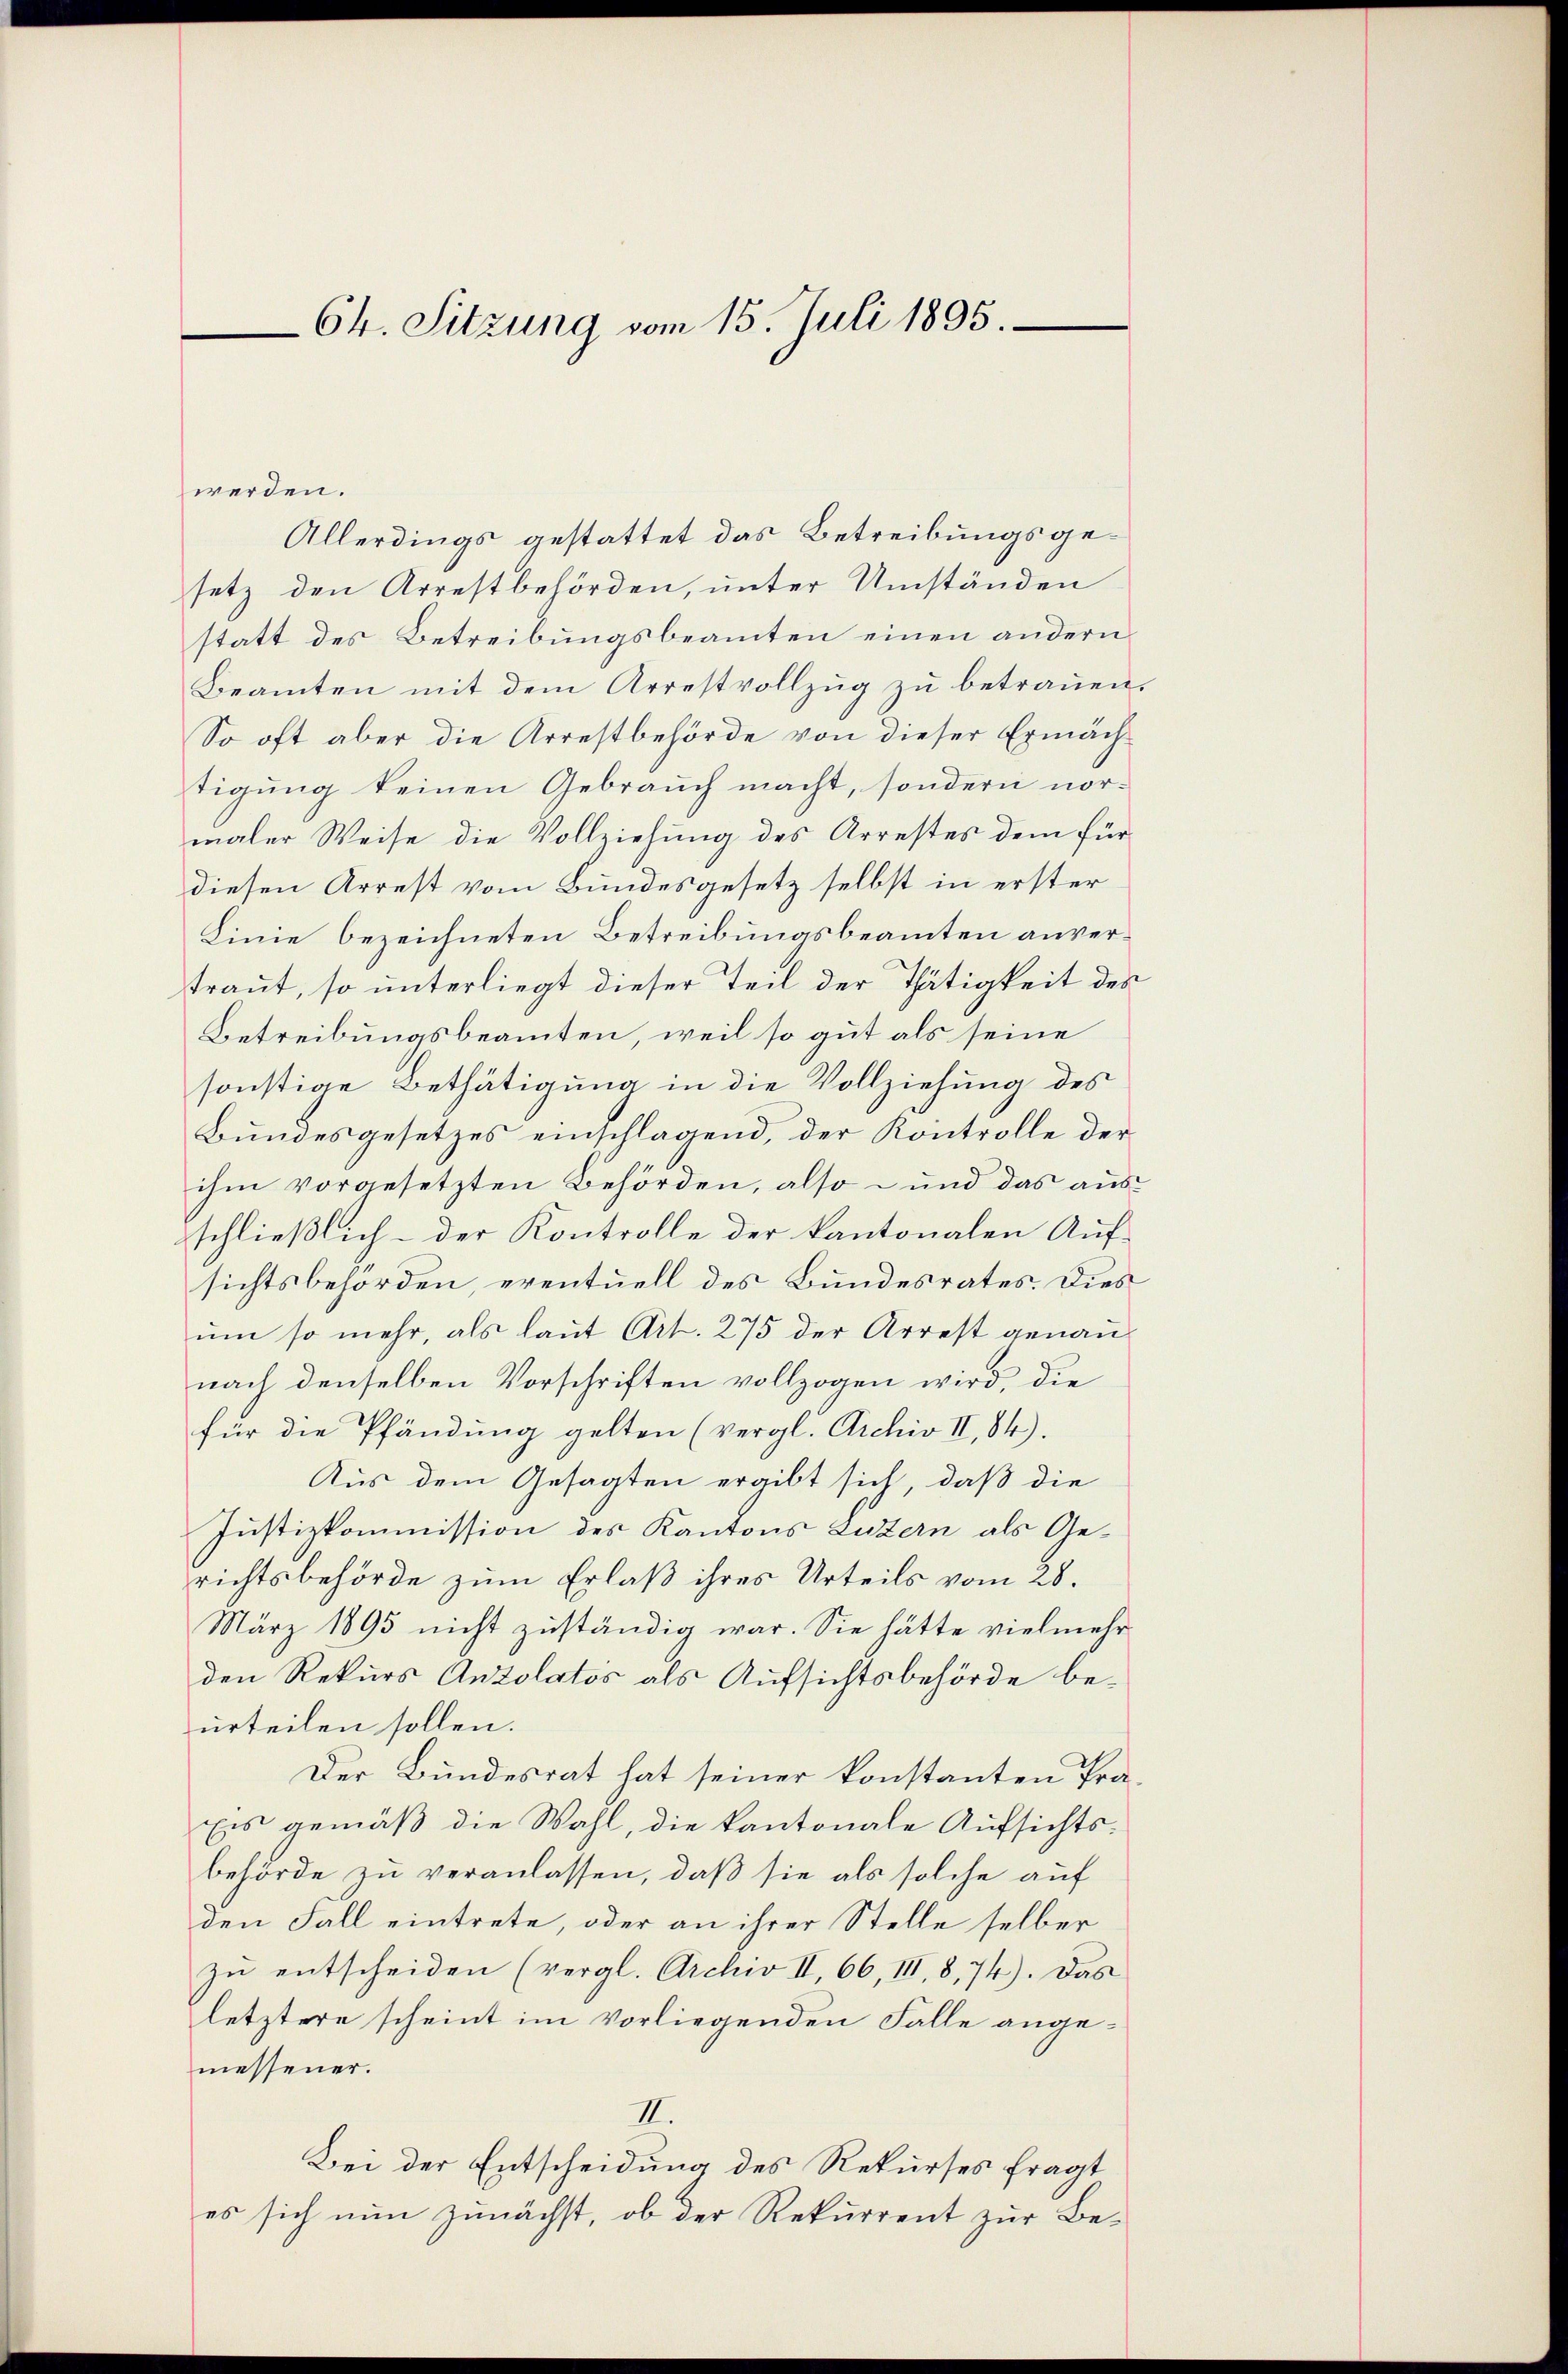
64. Sitzung vom 15. Juli 1895.

werden.
setz den Arrestbehörden, unter Umständen
statt des Betreibungsbeamten einen andern
Beamten mit dem Arrestvollzŭg zŭ betraŭen.
So oft aber die Arrestbehörde von dieser Ermächtigung keinen Gebrauch macht, sondern normaler Weise die Vollziehung des Arrestes dem für
diesen Arrest vom Bundesgesetz selbst in erster
Linie bezeichneten Betreibungsbeamten anvertraut, so unterliegt dieser Teil der Thätigkeit des
Betreibungsbeamten, weil so gut als seine
sonstige Bethätigung in die Vollziehung des
Bundesgesetzes einschlagend, der Kontrolle der
ihm vorgesetzten Behörden, also – und das ausschließlich - der Kontrolle der kantonalen Aufsichtsbehörden, eventuell des Bundesrates. Dies
um so mehr, als laut Art. 275 der Arrest genau
nach denselben Vorschriften vollzogen wird, die
für die Pfändung gelten (vergl. Archiv II,84).
Aus dem Gesagten ergibt sich, daß die
Justizkommission des Kantons Luzern als Gerichtsbehörde zum Erlaß ihres Urteils vom 28.
März 1895 nicht zuständig war. Sie hätte vielmehr
den Rekurs Antolatos als Aufsichtsbehörde beurteilen sollen.
Der Bundesrat hat seiner konstanten Pra¬
Eis gemäß die Wahl, die kantonale Aufsichts-
behörde zu veranlassen, daß sie als solche auf
den Fall eintrete, oder an ihrer Stelle selber
zŭ entscheiden (vergl. Archiv II 66, III, 8, 74). Das
letztere scheint im vorliegenden Falle angemessener.
II.
Bei der Entscheidung des Rekurses fragt
es sich nun zunächst, ob der Rekurrent zur Be¬

Allerdings gestattet das Betreibungsge¬